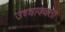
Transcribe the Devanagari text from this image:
उच्चावचता